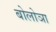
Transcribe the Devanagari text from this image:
बोलोञा